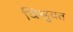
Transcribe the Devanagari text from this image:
विश्रुवत